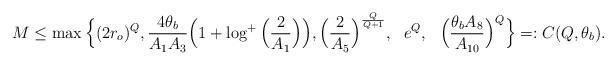
LaTeX: \begin{align*}M&\leq\max\Big\{ (2r_o)^{Q}, {4\theta_b\over A_1A_3}\Big(1+\log^+\Big({2\over A_1}\Big)\Big), \Big({2\over A_5}\Big)^{Q\over Q+1}, \ \ e^{Q}, \ \ \Big({\theta_bA_8\over A_{10}}\Big)^Q\Big\}=: C(Q,\theta_b). \end{align*}